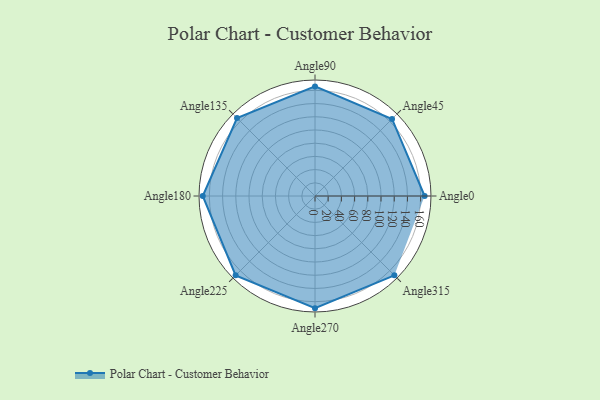
{"axis": {"x": "Angle", "y": "Radius"}, "legend": [""], "data": [{"x": "Angle0", "y": 166.0, "type": ""}, {"x": "Angle45", "y": 165.0, "type": ""}, {"x": "Angle90", "y": 166.0, "type": ""}, {"x": "Angle135", "y": 167.0, "type": ""}, {"x": "Angle180", "y": 170, "type": ""}, {"x": "Angle225", "y": 170, "type": ""}, {"x": "Angle270", "y": 170, "type": ""}, {"x": "Angle315", "y": 170, "type": ""}]}